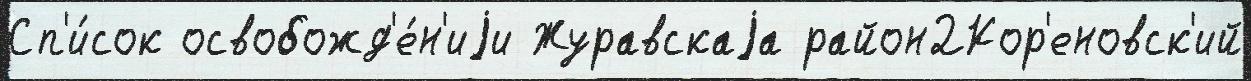
Сп'и́сок освобожд'е́н'иjи Журавскаjа район2Кор'еновск'ий